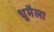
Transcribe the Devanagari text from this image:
धुमैला